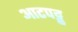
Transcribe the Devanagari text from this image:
आटपट्टु